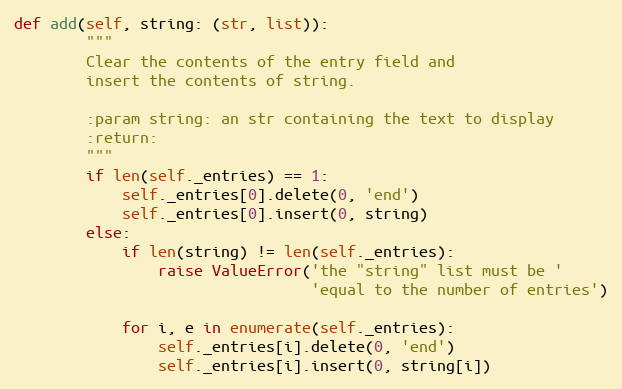
Language: Python
def add(self, string: (str, list)):
        """
        Clear the contents of the entry field and
        insert the contents of string.

        :param string: an str containing the text to display
        :return:
        """
        if len(self._entries) == 1:
            self._entries[0].delete(0, 'end')
            self._entries[0].insert(0, string)
        else:
            if len(string) != len(self._entries):
                raise ValueError('the "string" list must be '
                                 'equal to the number of entries')

            for i, e in enumerate(self._entries):
                self._entries[i].delete(0, 'end')
                self._entries[i].insert(0, string[i])